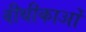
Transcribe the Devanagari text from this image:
वीथीकाओं